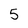
Character: 5